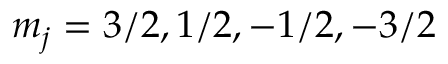
m _ { j } = 3 / 2 , 1 / 2 , - 1 / 2 , - 3 / 2